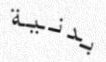
بدنية